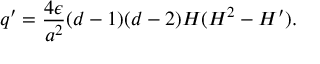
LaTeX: q ^ { \prime } = \frac { 4 \epsilon } { a ^ { 2 } } ( d - 1 ) ( d - 2 ) { \cal H } ( { \cal H } ^ { 2 } - { \cal H } ^ { \prime } ) .